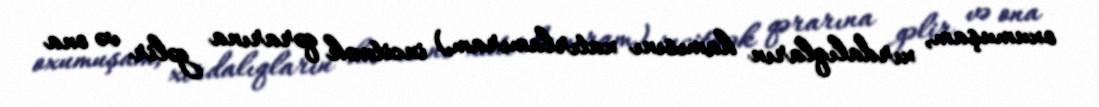
oxumuşam, xırdalıqların hamısını xatırlamıram) incitmək qərarına gəlir və ona